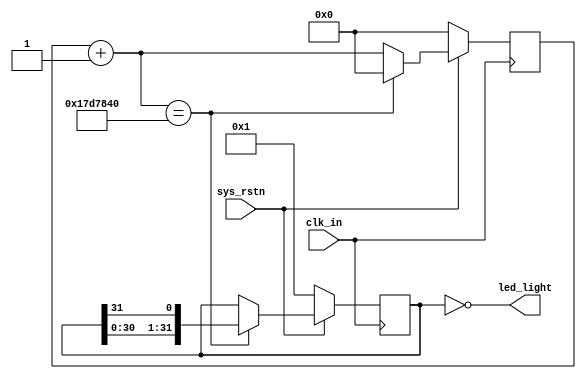
module SimpleLED (
    input clk_in,
    input sys_rstn,
    output [31:0] led_light
);

    // Counter
    localparam PERIOD = 32'd25_000_000;

    reg [31:0] counter;

    always @(posedge clk_in) begin
        if (~sys_rstn) 
            counter <= 0;
        else begin
            if (counter + 1 == PERIOD)
                counter <= 0;
            else
                counter <= counter + 1;
        end
    end

    // LED
    reg [31:0] led;

    always @(posedge clk_in) begin
        if (~sys_rstn)
            led <= 32'b1;
        else begin
            if (counter + 1 == PERIOD)
                led <= {led[30:0], led[31]};
        end
    end

    assign led_light = ~led;

endmodule